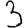
Digit: 3